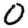
Digit: 0